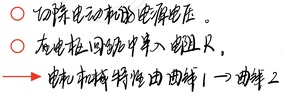
\textcircled{1} 切除电动势和电源电压。\textcircled{2} 在电枢回路中串入电阻 \(R\) 。\(\rightarrow\) 拖动机械特性由曲线 \(1\rightarrow\) 曲线 \(2\) 。